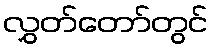
လွှတ်တော်တွင်